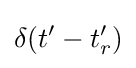
\delta (t'-t_{r}')